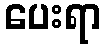
ပေးရာ